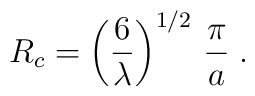
R_c=\left(\frac{6}{\lambda}\right)^{1/2}\,\frac{\pi}{a}\;.